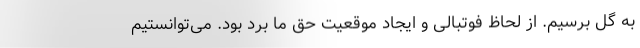
به گل برسیم. از لحاظ فوتبالی و ایجاد موقعیت حق ما برد بود. می‌توانستیم